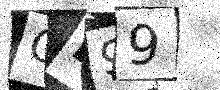
Text: CB99